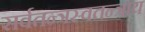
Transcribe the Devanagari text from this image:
सर्वतन्त्रस्वतन्त्राय